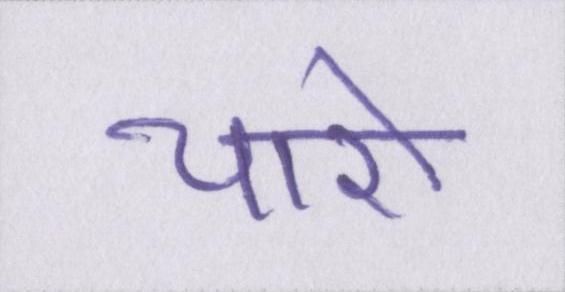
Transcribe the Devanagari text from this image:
चारो